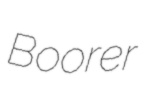
Boorer